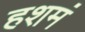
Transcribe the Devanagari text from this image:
हशमं